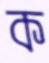
ক